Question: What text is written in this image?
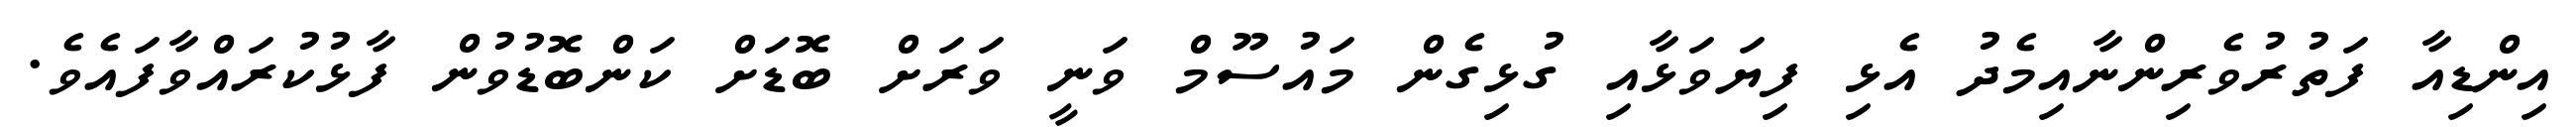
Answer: އިންޑިއާ ފަތުރުވެރިންނާއިމެދު އެޅި ފިޔަވަޅާއި ގުޅިގެން މައުސޫމް ވަނީ ވަރަށް ބޮޑަށް ކަންބޮޑުވުން ފާޅުކުރައްވާފައެވެ.